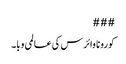
###
کورونا وائرس کی عالمی وبا۔